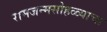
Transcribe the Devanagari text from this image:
रामजन्मसोहळ्याचा